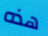
هذه